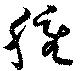
腫